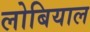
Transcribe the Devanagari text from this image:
लोबियाल